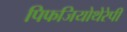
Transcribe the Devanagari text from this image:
पिफजियोथेरेपी